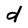
Character: d